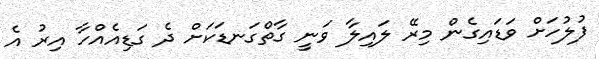
ފުލުހަށް ވަޑައިގެން މިރޭ ލައިލާ ވަނީ ގާތްގަނޑަކަށް ދެ ގަޑިއެއްހާ އިރު އެ